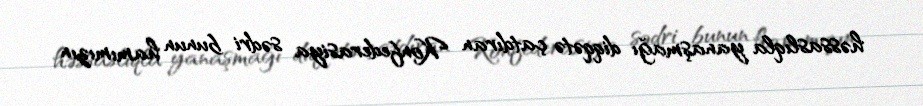
həssaslıqla yanaşmağı diqqətə çatdıran Konfederasiya sədri bunun hamımızın